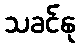
သခင်နု